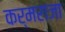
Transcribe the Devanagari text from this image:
कर्मराजा